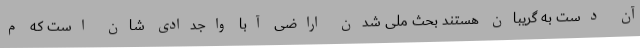
آن دست به گریبان هستند بحث ملی شدن اراضی آبا واجدادی شان است که م